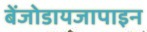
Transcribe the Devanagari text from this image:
बेंजोडायजापाइन